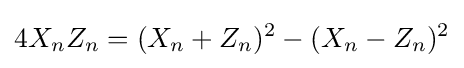
4X_{n}Z_{n}=(X_{n}+Z_{n})^{2}-(X_{n}-Z_{n})^{2}